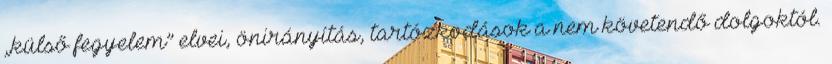
„külső fegyelem” elvei, önirányítás, tartózkodások a nem követendő dolgoktól.